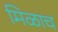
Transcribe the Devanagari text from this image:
मिळाच